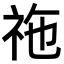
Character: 𥙁